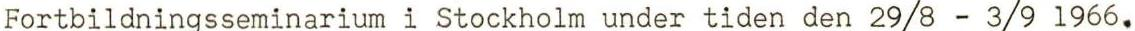
Fortbildningsseminarium i Stockholm under tiden den 29/8 - 3/9 1966.